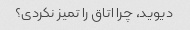
دیوید، چرا اتاق را تمیز نکردی؟